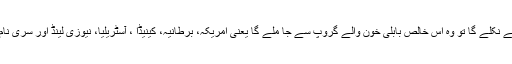
برطانیہ یورپی یونین سے نکلے گا تو وہ اس خالص بابلی خون والے گروپ سے جا ملے گا یعنی امریکہ، برطانیہ، کینیڈا ، آسٹریلیا، نیوزی لینڈ اور سری نام کا گروپ بن جائے گا۔